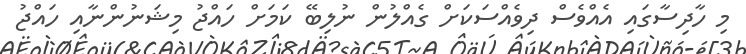
މި ހާދިސާގައި އެއްވެސް ދިވެއްސަކަށް ގެއްލުން ނުލިބޭ ކަމަށް ހައްޖު މިޝަނުންނާއި ހައްޖު